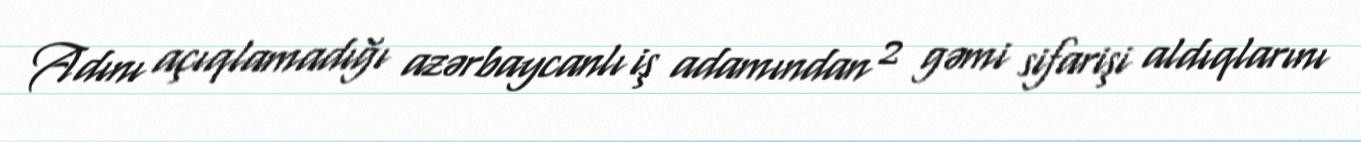
Adını açıqlamadığı azərbaycanlı iş adamından 2 gəmi sifarişi aldıqlarını